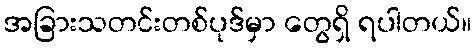
အခြားသတင်းတစ်ပုဒ်မှာ တွေရှိ ရပါတယ်။